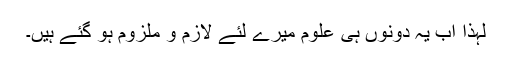
لہٰذا اب یہ دونوں ہی علوم میرے لئے لازم و ملزوم ہو گئے ہیں۔